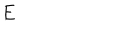
E